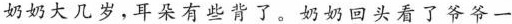
奶奶大几岁，耳朵有些背了。奶奶回头看了爷爷一